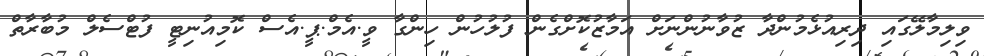
ވިލިމާލޭގައި ދިރިއުޅެމުންދާ ޒުވާނުންނަށް އަމާޒުކޮށްގެން ފުލުހުން ހިންގާ ވީ.އެމް.ޕީ.އެސް ކޮމިއުނިޓީ ފުޓްސެލް މުބާރާތް